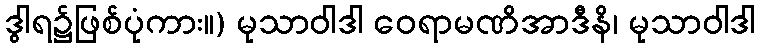
ဒွါရ၌ဖြစ်ပုံကား။) မုသာဝါဒါ ဝေရာမဏိအာဒီနိ၊ မုသာဝါဒါ